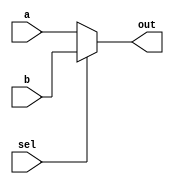
module MUX2to1 #(
    parameter WIDTH = 32
) (
    input [WIDTH-1:0] a,
    input [WIDTH-1:0] b,
    input sel,
    output [WIDTH-1:0] out
);

    assign out = sel ? b : a;
    
endmodule